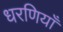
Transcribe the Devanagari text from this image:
धरणियाँ